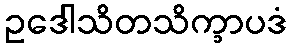
ဥဒေါသိတသိက္ခာပဒံ